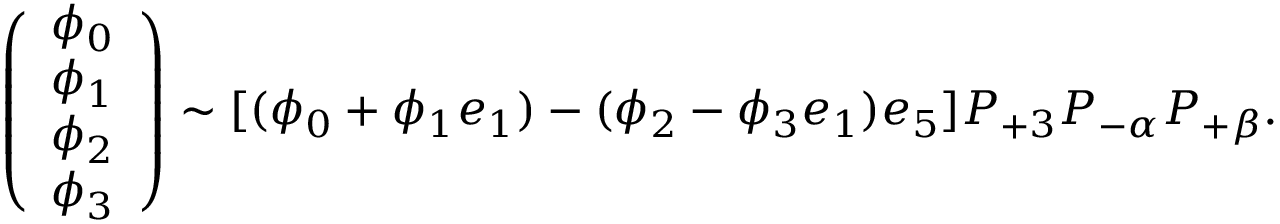
\left( \begin{array} { l } { { \phi _ { 0 } } } \\ { { \phi _ { 1 } } } \\ { { \phi _ { 2 } } } \\ { { \phi _ { 3 } } } \end{array} \right) \sim [ ( \phi _ { 0 } + \phi _ { 1 } e _ { 1 } ) - ( \phi _ { 2 } - \phi _ { 3 } e _ { 1 } ) e _ { 5 } ] P _ { + 3 } P _ { - \alpha } P _ { + \beta } .